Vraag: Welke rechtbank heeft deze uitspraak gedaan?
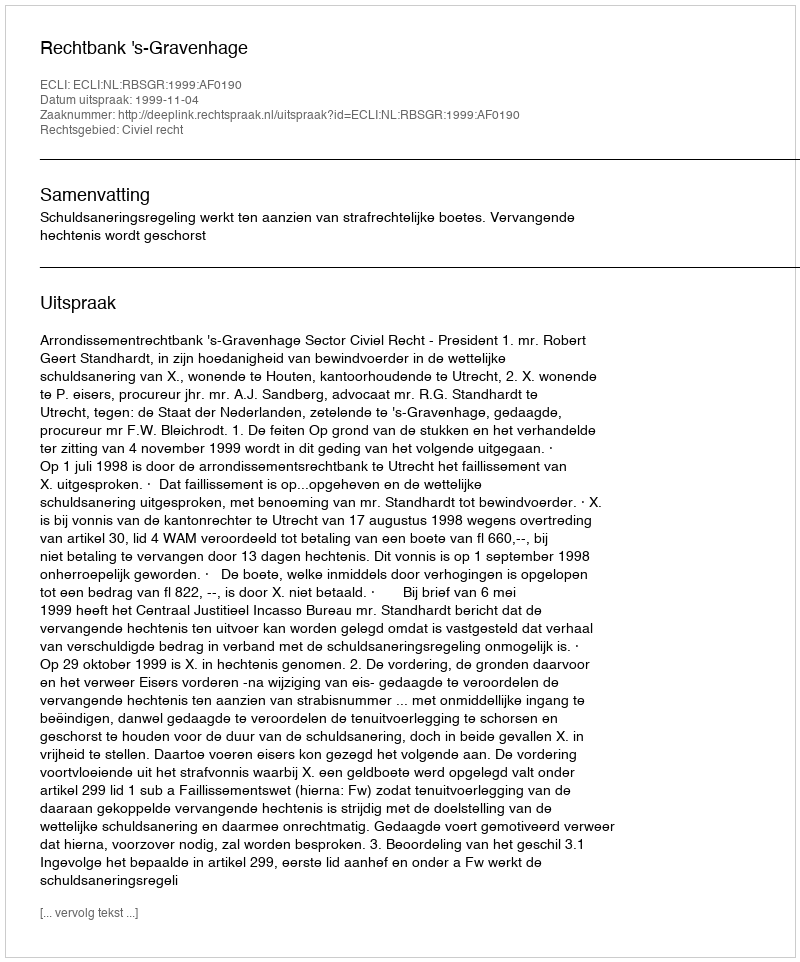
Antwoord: Rechtbank 's-Gravenhage